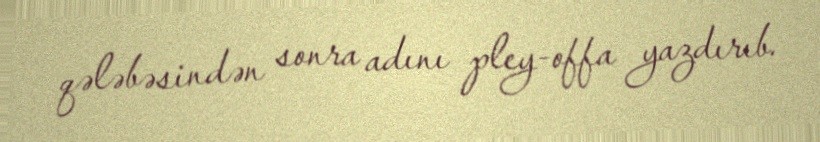
qələbəsindən sonra adını pley-offa yazdırıb.